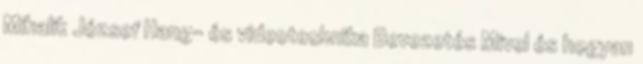
Mihalik József Hang- és videotechnika Bevezetés Mivel és hogyan